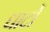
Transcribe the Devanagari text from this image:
धाटों